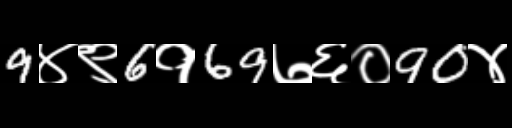
Text: 9४९6१69७६०90४